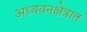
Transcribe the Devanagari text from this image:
अध्ययनक्षेत्रात